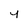
Character: 4